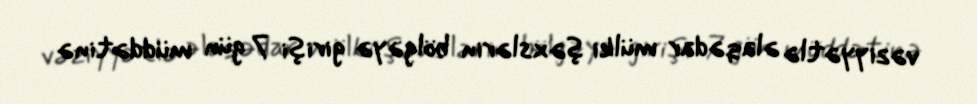
vəziyyətlə əlaqədar mülki şəxslərin bölgəyə girişi 7 gün müddətinə